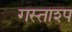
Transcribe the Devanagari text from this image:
गस्ताश्प